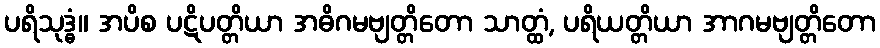
ပရိသုဒ္ဓံ။ အပိစ ပဋိပတ္တိယာ အဓိဂမဗျတ္တိတော သာတ္ထံ, ပရိယတ္တိယာ အာဂမဗျတ္တိတော